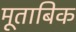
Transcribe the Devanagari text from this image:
मूताबिक